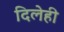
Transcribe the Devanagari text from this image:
दिलेही